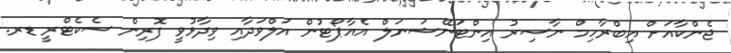
ޖެންކާއަށް އިބްރާހިމް ނާސިރު އިންޓަނޭޝަނަލް އެއާޕޯޓުން އަލްވަދާއި ވިދާޅުވީ ފޮރިން ސެކެޓްރީ ޑރ.